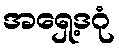
အရှေ့ဒဂုံ